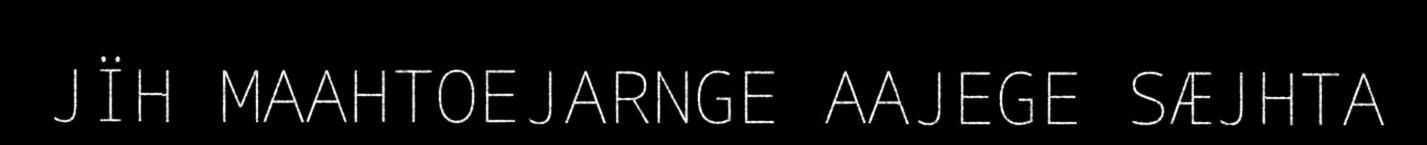
JÏH MAAHTOEJARNGE AAJEGE SÆJHTA